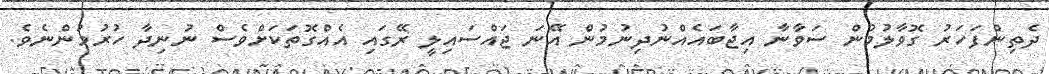
ދެތިންފަހަރު ގޮވާލުމުން ސަވާނާ އިޖާބައެއްނުދިނުމުން އޭނަ ޖައްސައިލީ ރޭގައި އެއްގޮތަކަށްވެސް ނުނިދާ ހުރުމުންނެވެ.